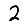
Digit: 2